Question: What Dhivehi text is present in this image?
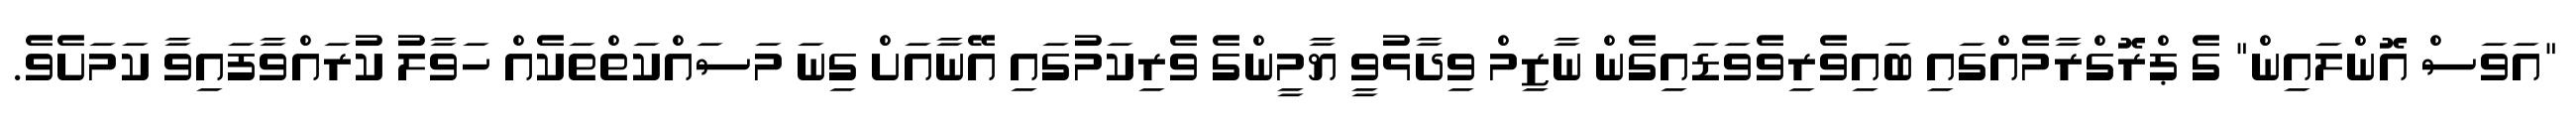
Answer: "އަވަސް އޮންލައިން" ގެ ޕްރޮގްރާމެއްގައި ބައިވެރިވެވަޑައިގެން ނާޒިމް ވިދާޅުވީ ޔާމީންގެ ވެރިކަމުގައި އޭނާއަށް ގިނަ މަސައްކަތްތަކެއް ހަވާލު ކުރައްވާފައިވާ ކަމަށެވެ.